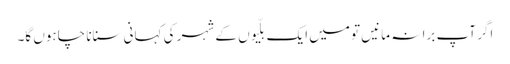
اگر آپ برا نہ مانیں تو میں ایک بلّیوں کے شہر کی کہانی سنانا چاہوں گا۔